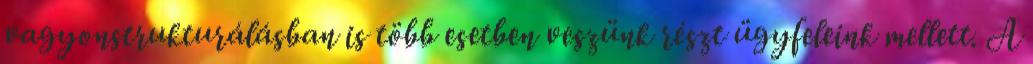
vagyonstrukturálásban is több esetben veszünk részt ügyfeleink mellett. A